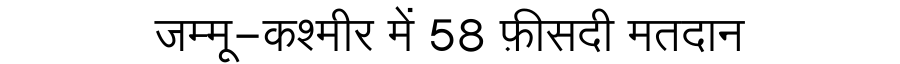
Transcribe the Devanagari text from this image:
जम्मू-कश्मीर में 58 फ़ीसदी मतदान